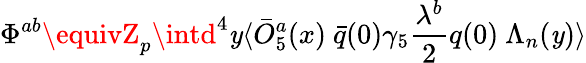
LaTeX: \Phi^{ab}\equivZ_{p}\intd^{4}\mathit{y}\langle\bar{{O}}_{5}^{a}(x)\ \bar{{q}}(0)\gamma_{5}{\frac{{\lambda^{b}}}{{2}}}q(0)\ \Lambda_{n}(\mathit{y})\rangle